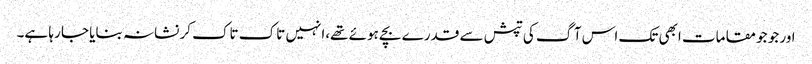
اور جو جو مقامات ابھی تک اس آگ کی تپش سے قدرے بچے ہوئے تھے،انہیں تاک تاک کر نشانہ بنایا جا رہا ہے۔